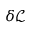
\delta \mathcal { L }